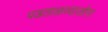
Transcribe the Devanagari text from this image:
पडताळण्याजोगा